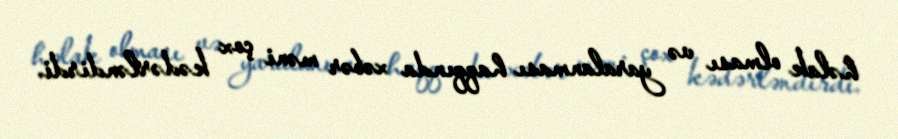
həlak olması və yaralanması haqqında xəbər məni çox kədərləndirdi.